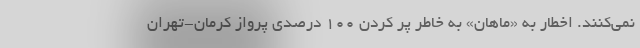
نمی‌کنند. اخطار به «ماهان» به خاطر پر کردن ۱۰۰ درصدی پرواز کرمان-تهران